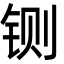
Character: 铡